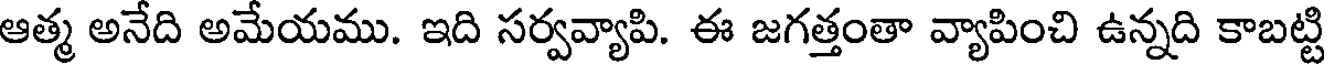
ఆత్మ అనేది అమేయము. ఇది సర్వవ్యాపి. ఈ జగత్తంతా వ్యాపించి ఉన్నది కాబట్టి